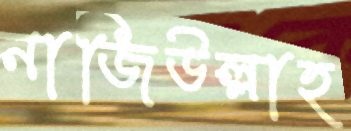
নাজিউল্লাহ